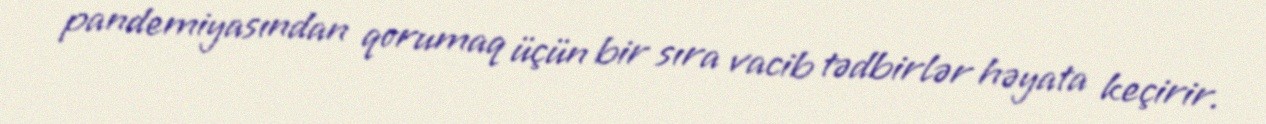
pandemiyasından qorumaq üçün bir sıra vacib tədbirlər həyata keçirir.